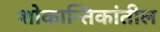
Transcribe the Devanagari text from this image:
शोकान्तिकांतील